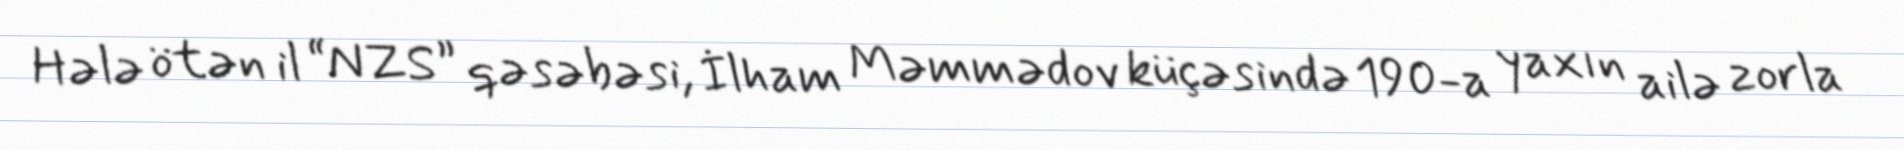
Hələ ötən il “NZS” qəsəbəsi, İlham Məmmədov küçəsində 190-a yaxın ailə zorla